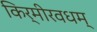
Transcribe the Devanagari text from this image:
किर्मीरवधम्